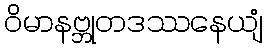
ဝိမာနဗ္ဘုတဒဿနေယျံ